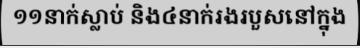
១១នាក់ស្លាប់ និង៤នាក់រងរបួសនៅក្នុង